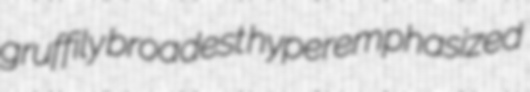
gruffily broadest hyperemphasized